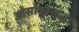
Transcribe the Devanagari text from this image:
ओसाकासुद्धा